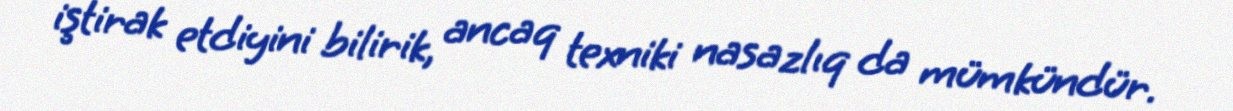
iştirak etdiyini bilirik, ancaq texniki nasazlıq da mümkündür.